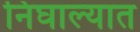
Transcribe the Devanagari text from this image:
निघाल्यात